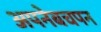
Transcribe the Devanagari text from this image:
अपनेबचपन